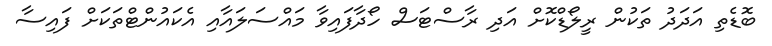
ބޮޑެތި އަދަދު ތަކުން ރީލޯޑްކޮށް އަދި ރާސްޓަސް ހޯދާފައިވާ މައްސަލައާއި އެކައުންޓްތަކަށް ފައިސާ